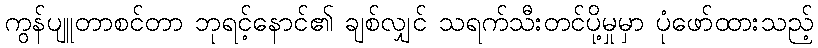
ကွန်ပျူတာစင်တာ ဘုရင့်နောင်၏ ချစ်လျှင် သရက်သီးတင်ပို့မှုမှာ ပုံဖော်ထားသည့်